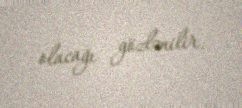
olacağı gözlənilir.